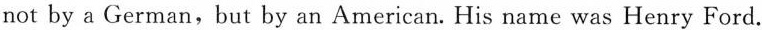
not by a German,but by an American. His name was Henry Ford.